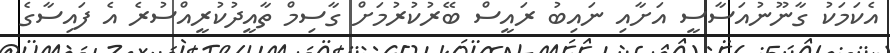
އެކަމަކު ގާނޫނުއަސާސީ އަަށާއި ނައިބު ރައީސް ބޭރުކުރުމަށް ގާސިމް ތާއީދުކުރީއްސުރެ އެ ފައިސާގެ